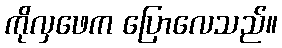
ကိုလှဖေက ပြောလေသည်။